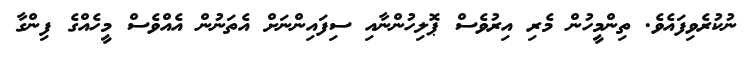
ނުކުރެވިފައެވެ. ތިންމީހުން މެރި އިރުވެސް ޕޮލިހުންނާއި ސިފައިންނަށް އެތަނުން އެއްވެސް މީހެއްގެ ފިންގާ